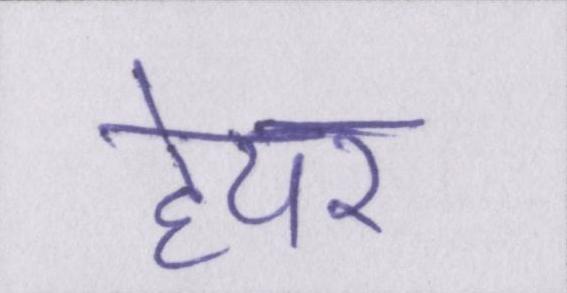
हेयर